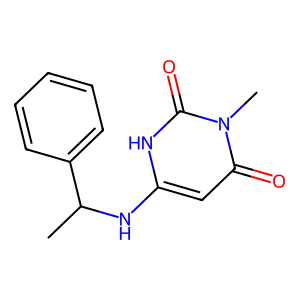
SMILES: CC(Nc1cc(=O)n(C)c(=O)[nH]1)c1ccccc1
Inhibits HIV replication: No